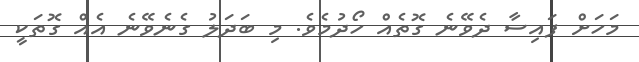
މަހަށް ފައިސާ ދެވޭނެ ގޮތެއް ހޯދުމެވެ. މި ބަދަލު ގެނެވޭނެ އެއް ގޮތަކީ